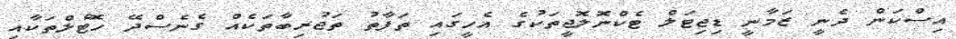
އިސްކަން ދެނީ ޒަމާނީ ޑިޖިޓަލް ޓެކްނޮލޮޖީތަކުގެ އެހީގައި ތަފާތު ތަޖުރިބާތަކެއް ގެނެސްދޭ ހޮޓެލްތަކާއި